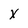
Character: x